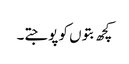
کچھ بتوں کو پوجتے۔